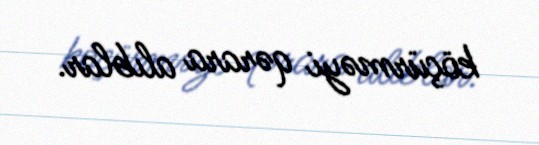
köçürməyi qərara alıblar.